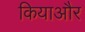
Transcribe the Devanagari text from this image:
कियाऔर